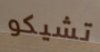
تشيكو